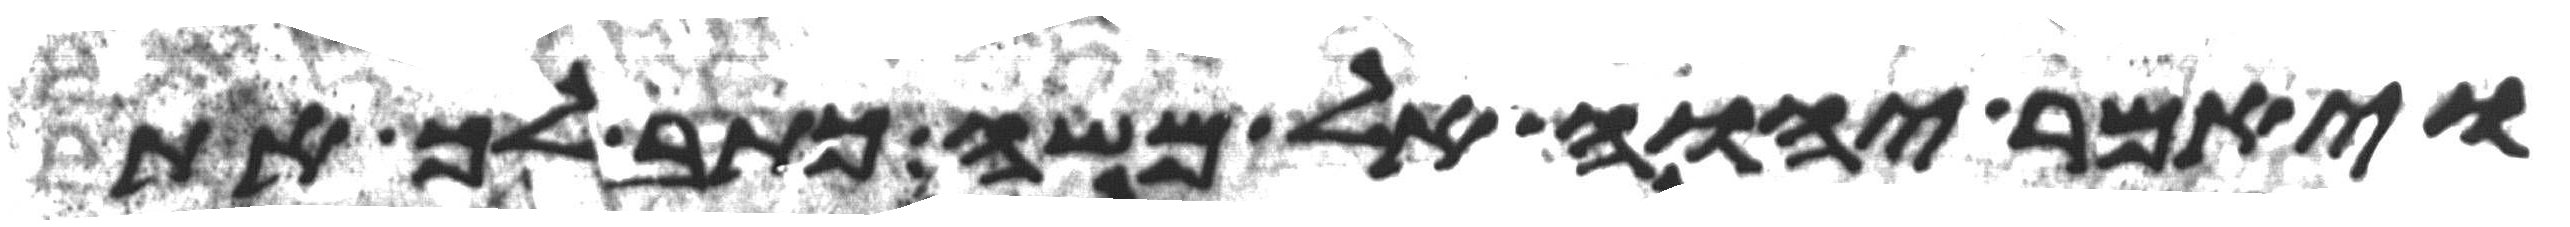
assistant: ויאמר יהוה אל משה כתב לך את